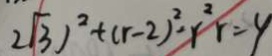
2 \sqrt { 3 } ) ^ { 2 } + ( r - 2 ) ^ { 2 } - r ^ { 2 } r = 4